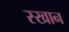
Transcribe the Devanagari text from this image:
स्खान